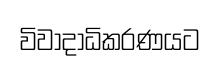
විවාදාධිකරණයට